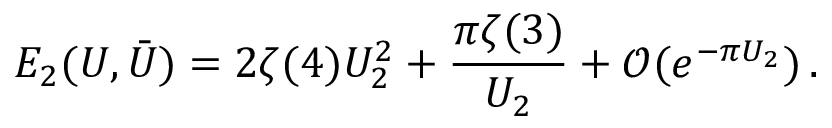
E _ { 2 } ( U , \bar { U } ) = 2 \zeta ( 4 ) U _ { 2 } ^ { 2 } + \frac { \pi \zeta ( 3 ) } { U _ { 2 } } + \mathcal { O } ( e ^ { - \pi U _ { 2 } } ) \, .